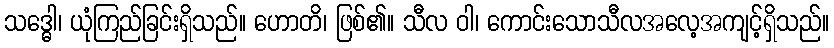
သဒ္ဓေါ၊ ယုံကြည်ခြင်းရှိသည်။ ဟောတိ၊ ဖြစ်၏။ သီလ ဝါ၊ ကောင်းသောသီလအလေ့အကျင့်ရှိသည်။